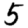
Digit: 5